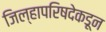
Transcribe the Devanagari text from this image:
जिल्हापरिषदेकडून